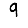
Digit: 9